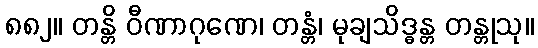
၈၈၂။ တန္တိ ဝီဏာဂုဏေ၊ တန္တံ၊ မုချသိဒ္ဓန္တ တန္တုသု။